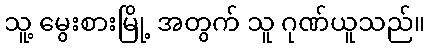
သူ့ မွေးစားမြို့ အတွက် သူ ဂုဏ်ယူသည်။